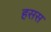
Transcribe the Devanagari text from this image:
हसस